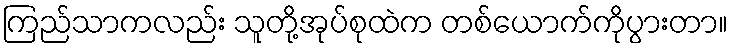
ကြည်သာကလည်း သူတို့အုပ်စုထဲက တစ်ယောက်ကိုပွားတာ။